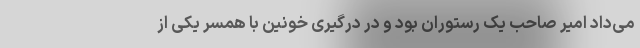
می‌داد امیر صاحب یک رستوران بود و در درگیری خونین با همسر یکی از